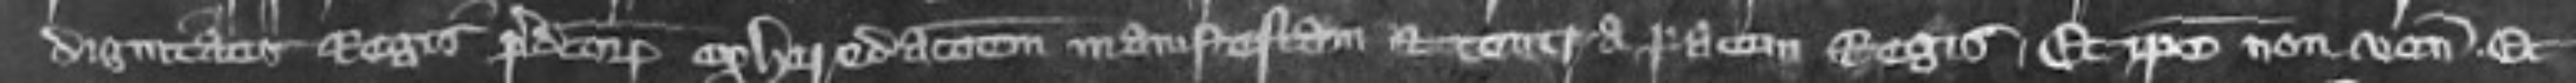
dignitatis Regis predictorum exheredationem manifestam et contra pacem Regis Et ipse non venit et